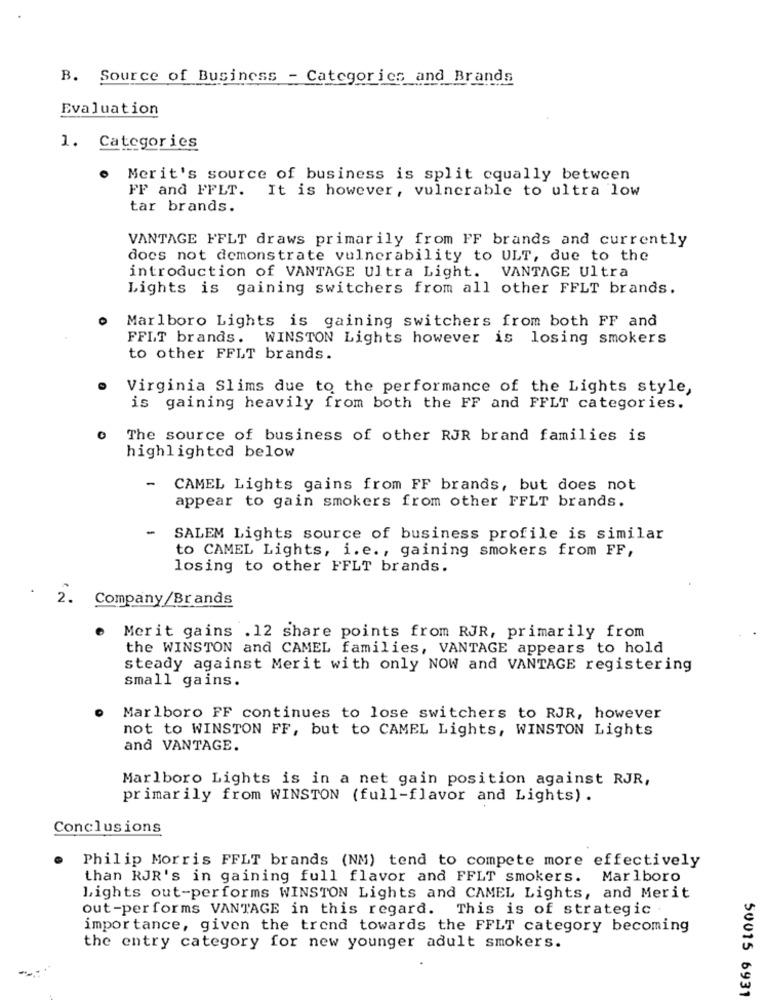
B. Source of Business - Categories and Brands
Evaluation
1. Categories
Merit's source of business is split equally between
FF and FFLT. It is however, vulnerable to ultra low
tar brands.
VANTAGE FFLT draws primarily from FF brands and currently
does not demonstrate vulnerability to ULT, due to the
introduction of VANTAGE Ultra Light. VANTAGE Ultra
Lights is gaining switchers from all other FFLT brands.
Marlboro Lights is gaining switchers from both FF and
FFLT brands.
WINSTON Lights however is losing smokers
to other FFLT brands.
Virginia Slims due to the performance of the Lights style,
is gaining heavily from both the FF and FFLT categories.
0
The source of business of other RJR brand families is
highlighted below
-
CAMEL Lights gains from FF brands, but does not
appear to gain smokers from other FFLT brands.
-
SALEM Lights source of business profile is similar
to CAMEL Lights, i.e ., gaining smokers from FF,
losing to other FFLT brands.
2. Company/Brands
Merit gains . 12 share points from RJR, primarily from
the WINSTON and CAMEL families, VANTAGE appears to hold
steady against Merit with only NOW and VANTAGE registering
small gains.
Marlboro FF continues to lose switchers to RJR, however
not to WINSTON FF, but to CAMEL Lights, WINSTON Lights
and VANTAGE.
Marlboro Lights is in a net gain position against RJR,
primarily from WINSTON (full-flavor and Lights) .
Conclusions
Philip Morris FFLT brands (NM) tend to compete more effectively
than RJR's in gaining full flavor and FFLT smokers. Marlboro
Lights out-performs WINSTON Lights and CAMEL Lights, and Merit
out-performs VANTAGE in this regard. This is of strategic .
importance, given the trend towards the FFLT category becoming
the entry category for new younger adult smokers.
50015 6931